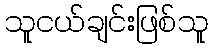
သူငယ်ချင်းဖြစ်သူ